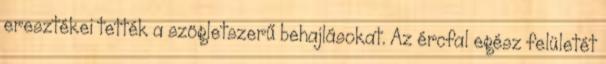
eresztékei tették a szögletszerű behajlásokat. Az ércfal egész felületét